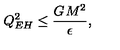
Q _ { E H } ^ { 2 } \leq \frac { G _ { { } } M ^ { 2 } } { \epsilon } , \nonumber